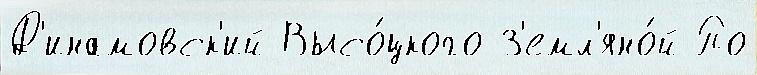
Д'инамовск'ий Высо́цкого З'емл'яно́й По